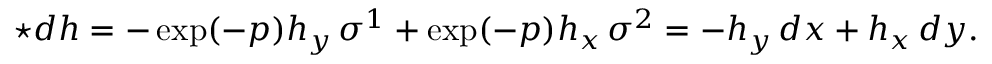
\star d h = - \exp ( - p ) h _ { y } \, \sigma ^ { 1 } + \exp ( - p ) h _ { x } \, \sigma ^ { 2 } = - h _ { y } \, d x + h _ { x } \, d y .